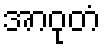
အာဝုတံ